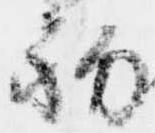
初